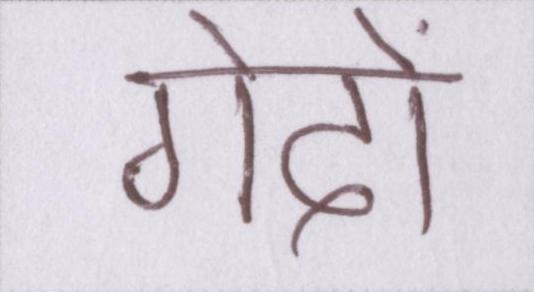
गेंदों